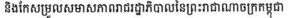
និងកែសម្រួលសមាសភាពរាជរដ្ឋាភិបាលនៃព្រះរាជាណាចក្រកម្ពុជា